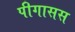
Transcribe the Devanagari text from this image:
पीगासस